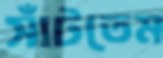
সাঁটতেম